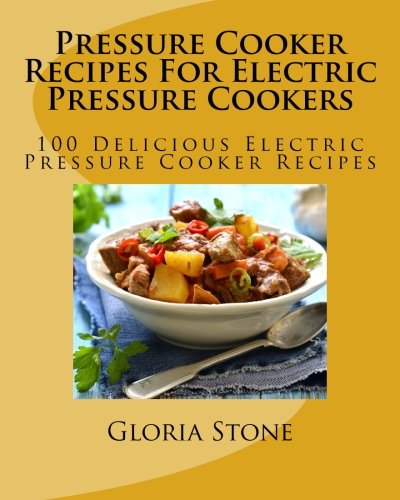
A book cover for Pressure Cooker Recipes For Electric Pressure Cookers: 100 Delicious Electric Pressure Cooker Recipes; Gloria Stone; Cookbooks, Food & Wine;